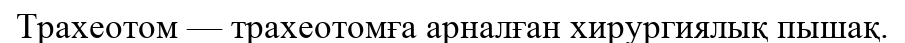
Трахеотом — трахеотомға арналған хирургиялық пышақ.